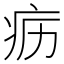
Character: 疬